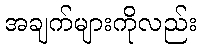
အချက်များကိုလည်း